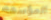
المؤسفة